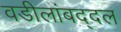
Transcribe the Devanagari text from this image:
वडीलांबद्दल